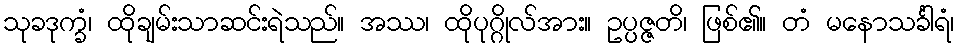
သုခဒုက္ခံ၊ ထိုချမ်းသာဆင်းရဲသည်။ အဿ၊ ထိုပုဂ္ဂိုလ်အား။ ဥပ္ပဇ္ဇတိ၊ ဖြစ်၏။ တံ မနောသင်္ခါရံ၊